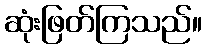
ဆုံးဖြတ်ကြသည်။